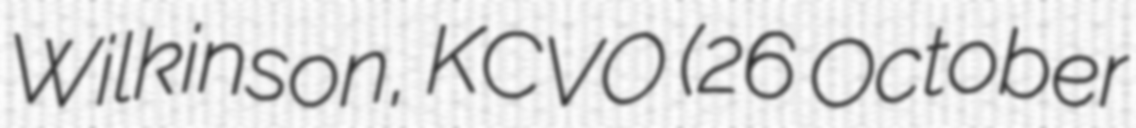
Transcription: Wilkinson, KCVO (26 October